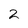
Character: 2